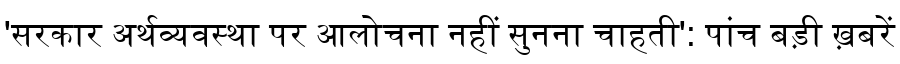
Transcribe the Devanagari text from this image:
'सरकार अर्थव्यवस्था पर आलोचना नहीं सुनना चाहती': पांच बड़ी ख़बरें